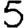
Digit: 5